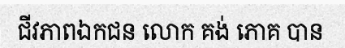
ជីវភាពឯកជន លោក គង់ ភោគ បាន